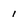
Character: 1